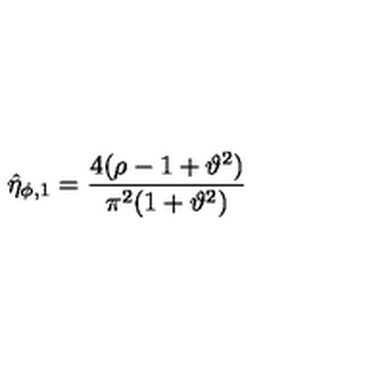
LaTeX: \hat { \eta } _ { \phi , 1 } = \frac { 4 ( \rho - 1 + \vartheta ^ { 2 } ) } { \pi ^ { 2 } ( 1 + \vartheta ^ { 2 } ) }